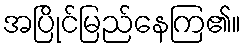
အပြိုင်မြည်နေကြ၏။